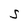
Character: S